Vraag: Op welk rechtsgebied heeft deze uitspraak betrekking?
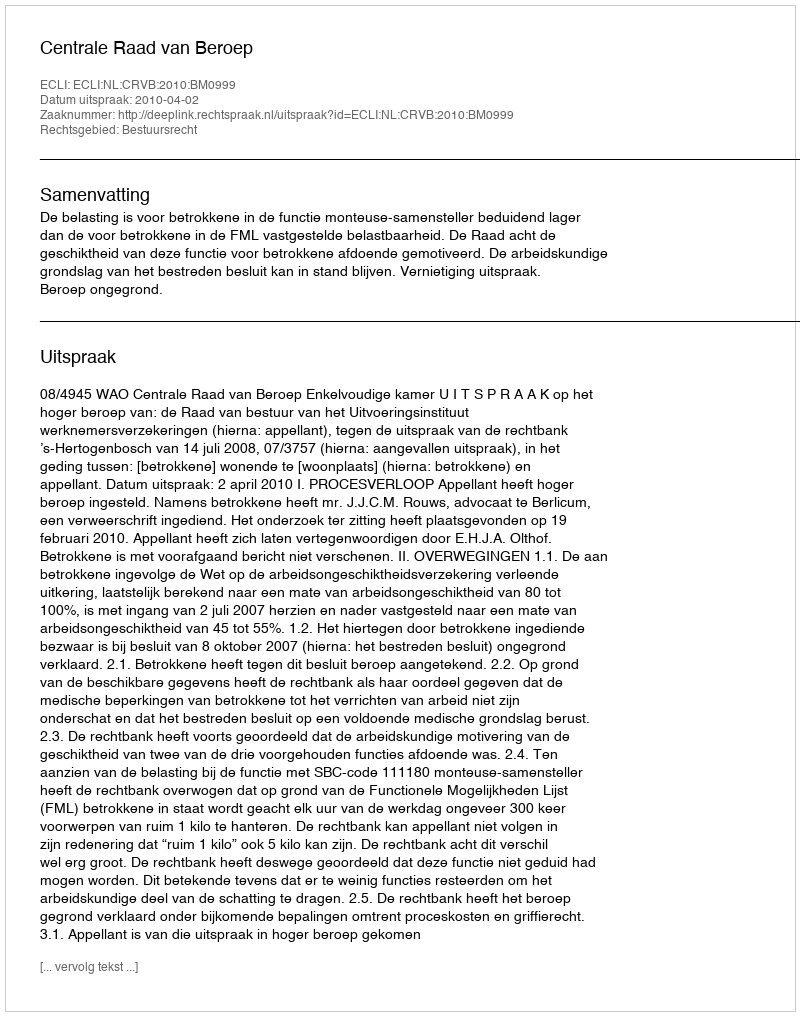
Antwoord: Bestuursrecht